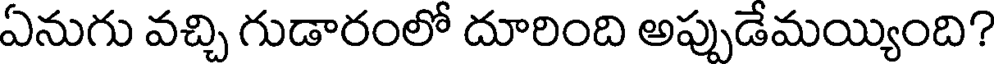
ఏనుగు వచ్చి గుడారంలో దూరింది అప్పుడేమయ్యింది?